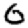
Digit: 0